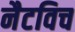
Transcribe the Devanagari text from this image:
नैटविच